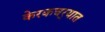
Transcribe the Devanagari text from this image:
केरकचर्‍यात